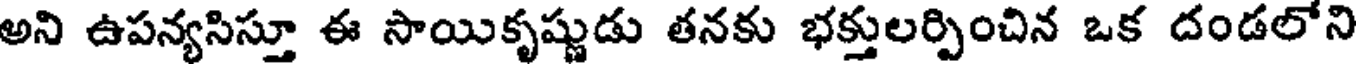
అని ఉపన్యసిస్తూ ఈ సాయికృష్ణుడు తనకు భక్తులర్పించిన ఒక దండలోని